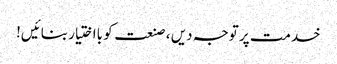
خدمت پر توجہ دیں ، صنعت کو بااختیار بنائیں!